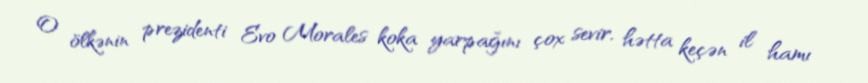
O ölkənin prezidenti Evo Morales koka yarpağını çox sevir, hətta keçən il hamı